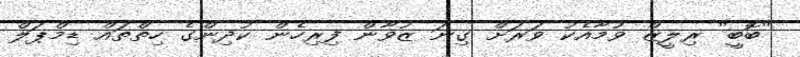
"ބޮބީ" ރިލީޒް ވުމާއެކު ވަރަށް ގިނަ ޒުވާން ފިރިހެން ކުދިންގެ ހިތްތައް ޑިމްޕަލް